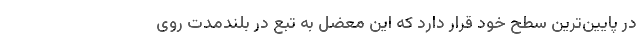
در پایین‌ترین سطح خود قرار دارد که این معضل به تبع در بلندمدت روی